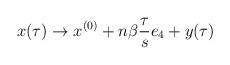
LaTeX: \begin{align*}x(\tau) \rightarrow x^{(0)} + n \beta \frac{\tau}{s} e_{4} + y(\tau) \end{align*}